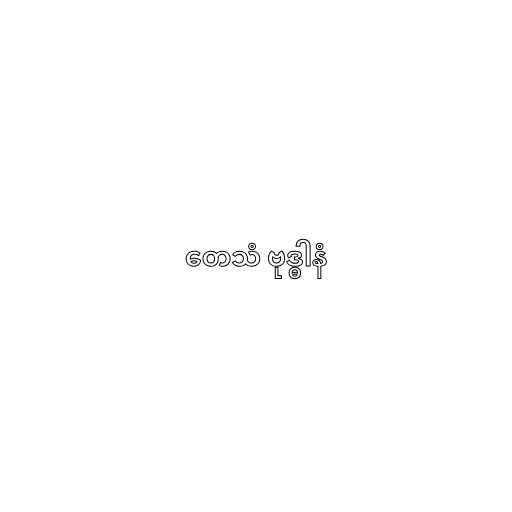
တေသံ ဗုဒ္ဓါနံ